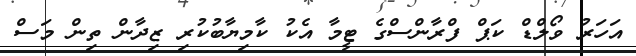
އަހަރު ވޯލްޑް ކަޕް ފްރާންސްގެ ޓީމާ އެކު ކާމިޔާބުކުރި ޒިދާން ތިން މަސް